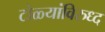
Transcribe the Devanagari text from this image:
टोळ्यांविरुध्द